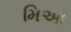
મિઆ